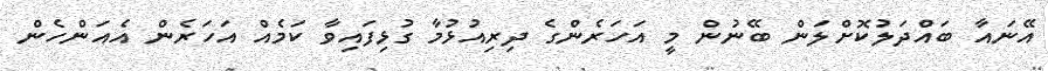
އޭނައާ ބައްދަލުކޮށްލަން ބޭނުން މީ އަހަރެންގެ ދިރިއުޅުމާ ގުޅިފައިވާ ކަމެއް އަހަރެން އެއަންހެން